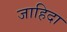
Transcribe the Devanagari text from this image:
जाहिदा